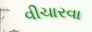
વીચારવા